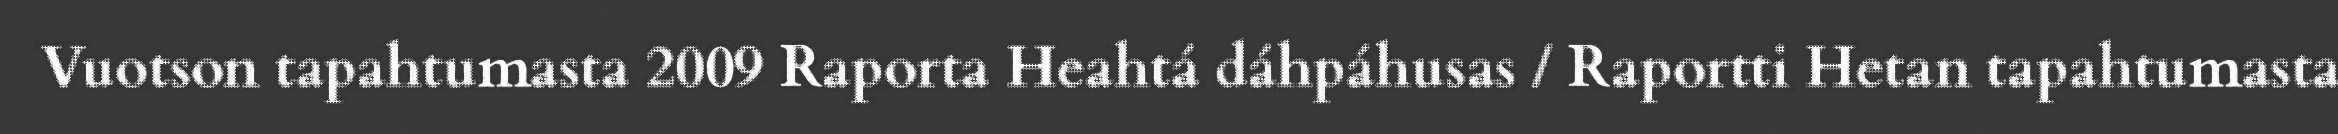
Vuotson tapahtumasta 2009 Raporta Heahtá dáhpáhusas / Raportti Hetan tapahtumasta